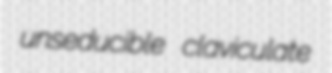
unseducible claviculate